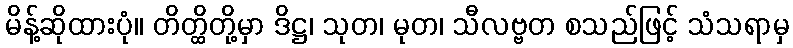
မိန့်ဆိုထားပုံ။ တိတ္ထိတို့မှာ ဒိဋ္ဌ၊ သုတ၊ မုတ၊ သီလဗ္ဗတ စသည်ဖြင့် သံသရာမှ